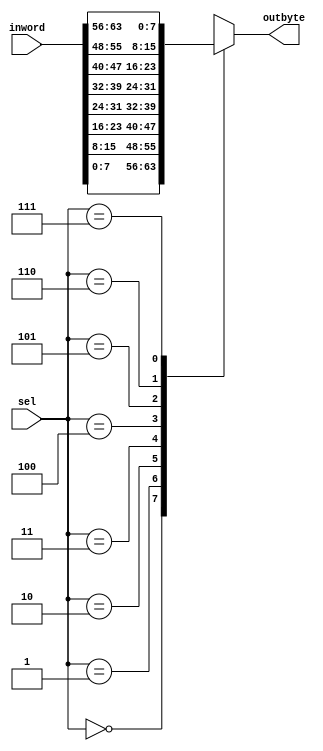
module mux64to8 (inword, sel, outbyte);
	input [63:0] inword;
	input [2:0] sel;
	output reg [7:0] outbyte;
	
	always @(*) begin
		case(sel)
			3'h0:
				outbyte <= inword[7:0];
				
			3'h1:
				outbyte <= inword[15:8];
		
			3'h2:
				outbyte <= inword[23:16];
		
			3'h3:
				outbyte <= inword[31:24];
		
			3'h4:
				outbyte <= inword[39:32];
		
			3'h5:
				outbyte <= inword[47:40];
		
			3'h6:
				outbyte <= inword[55:48];
		
			3'h7:
				outbyte <= inword[63:56];
		
			default:
				outbyte <= 8'bxxxxxxxx;
		endcase
	end
endmodule